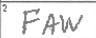
Transcription: FAW